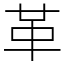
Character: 革